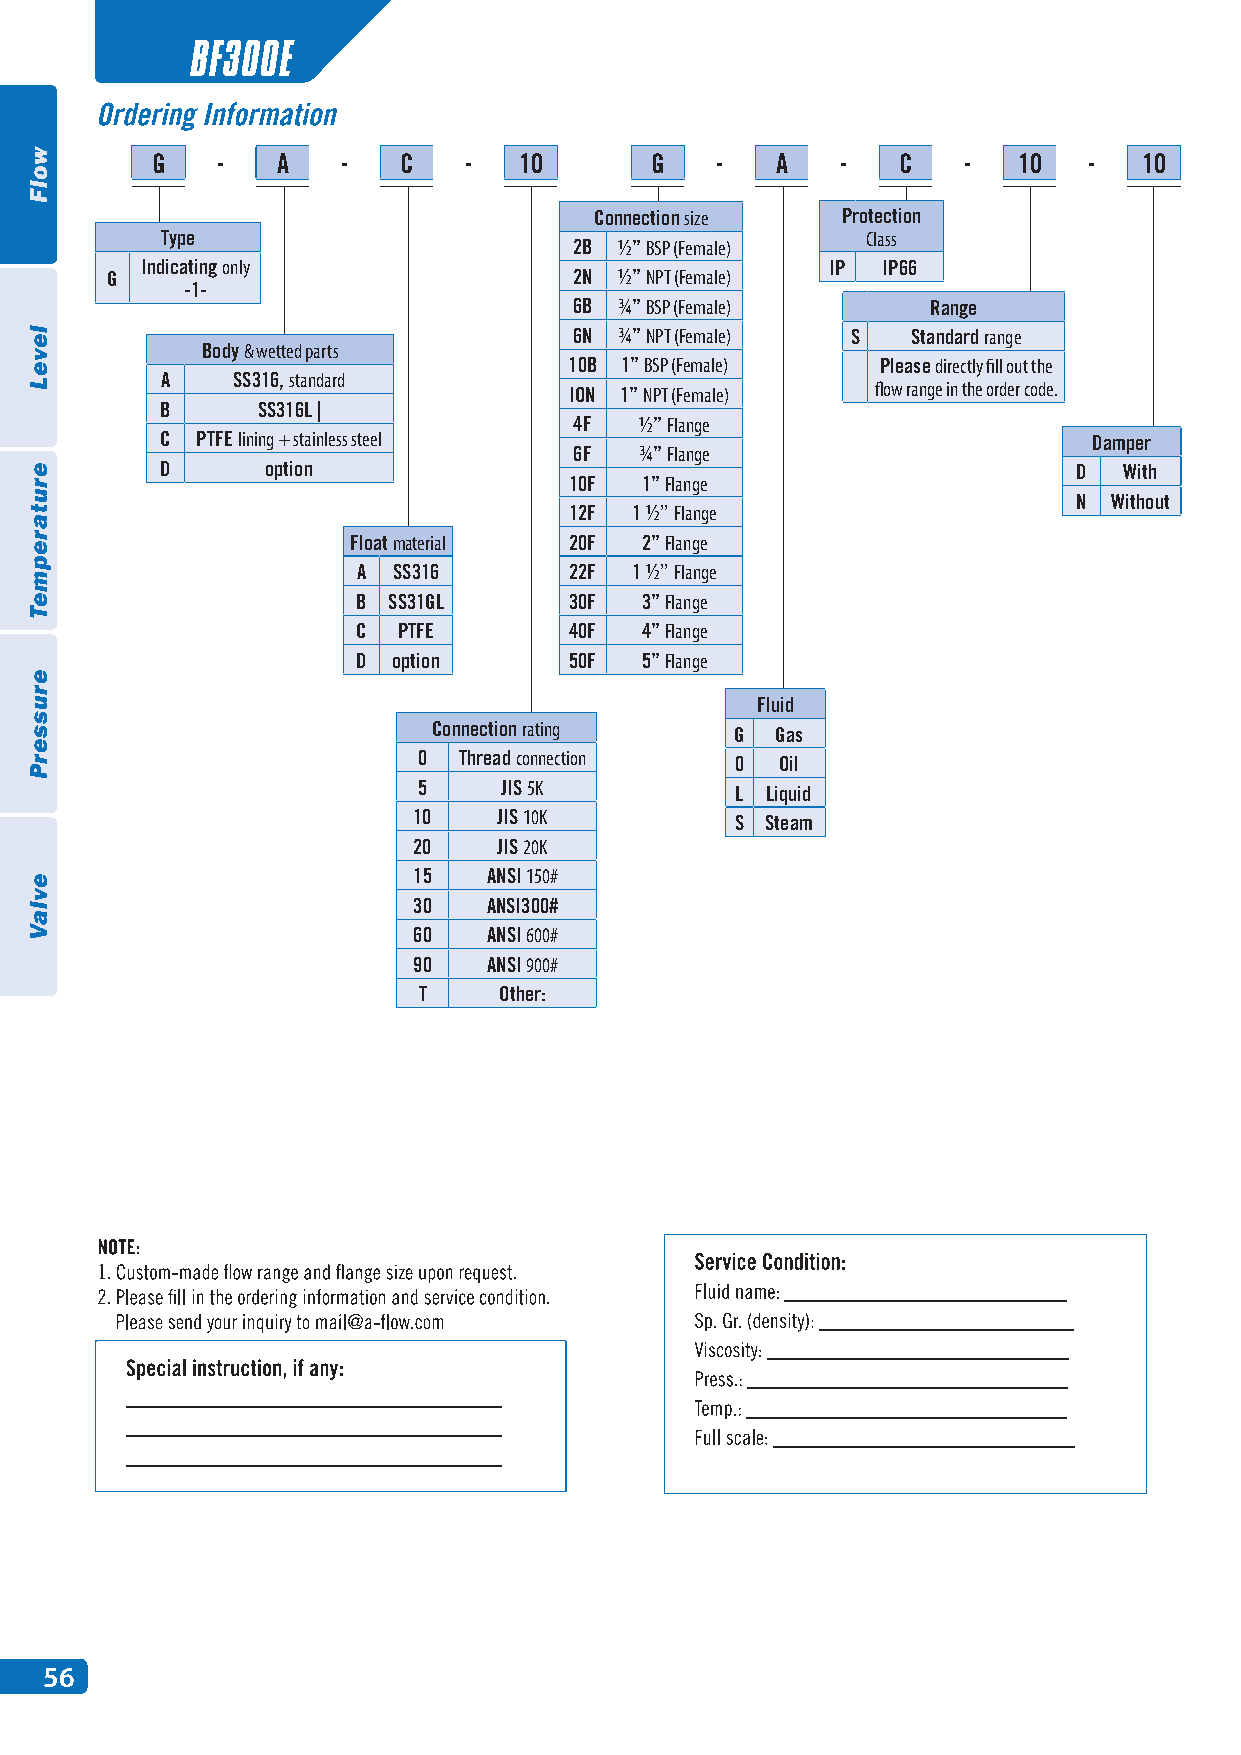
BF300E
 G   -   A    -  C    -  10       G   -   A    -  C    -  10   -   10
 Connection size  Protection
 Type                                          Class
 2B ½” BSP (Female)
 Indicating only                               IP IP66
 G                              2N ½” NPT (Female)
 -1-
 6B ¾” BSP (Female)      Range
 6N ¾” NPT (Female) S  Standard range
 Body & wetted parts
 10B 1” BSP (Female) Please directly fill out the
 A   SS316, standard
 ION 1” NPT (Female) flow range in the order code.
 B     SS316L |
 4F  ½’’ Flange
 C PTFE lining + stainless steel                              Damper
 6F  ¾” Flange
 D      option                                               D  With
 10F 1” Flange
 N  Without
 12F 1 ½’’ Flange
 Float material 20F 2” Flange
 A SS316       22F 1 ½’’ Flange
 B SS31GL      30F 3” Flange
 C PTFE        40F 4” Flange
 D option      50F 5” Flange
 Fluid
 Connection rating   G GaIP s IP66
 0 Thread connection  0  Oil
 5    JIS 5K          L Liquid
 10    JIS 10K         S Steam
 20    JIS 20K
 15   ANSI 150#
 30   ANSI300#
 60   ANSI 600#
 90   ANSI 900#
 T    Other:
 Code Damper
 D With
 N  Without
 56
 wolF
 leveL
 erutarepmeT
 erusserP
 evlaV